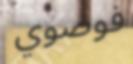
فوضوي